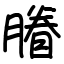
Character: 膡